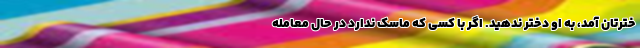
خترتان آمد، به او دختر ندهید. اگر با کسی که ماسک ندارد در حال معامله